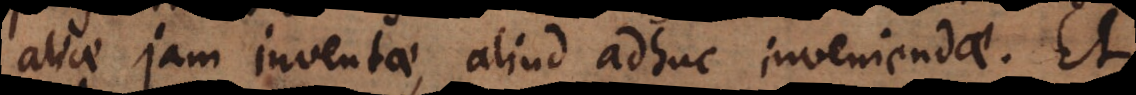
aliae jam inventae, [aliae] adhuc inveniendae. Et